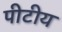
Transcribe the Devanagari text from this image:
पीटीय